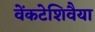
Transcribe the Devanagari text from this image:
वेंकटेशिवैया